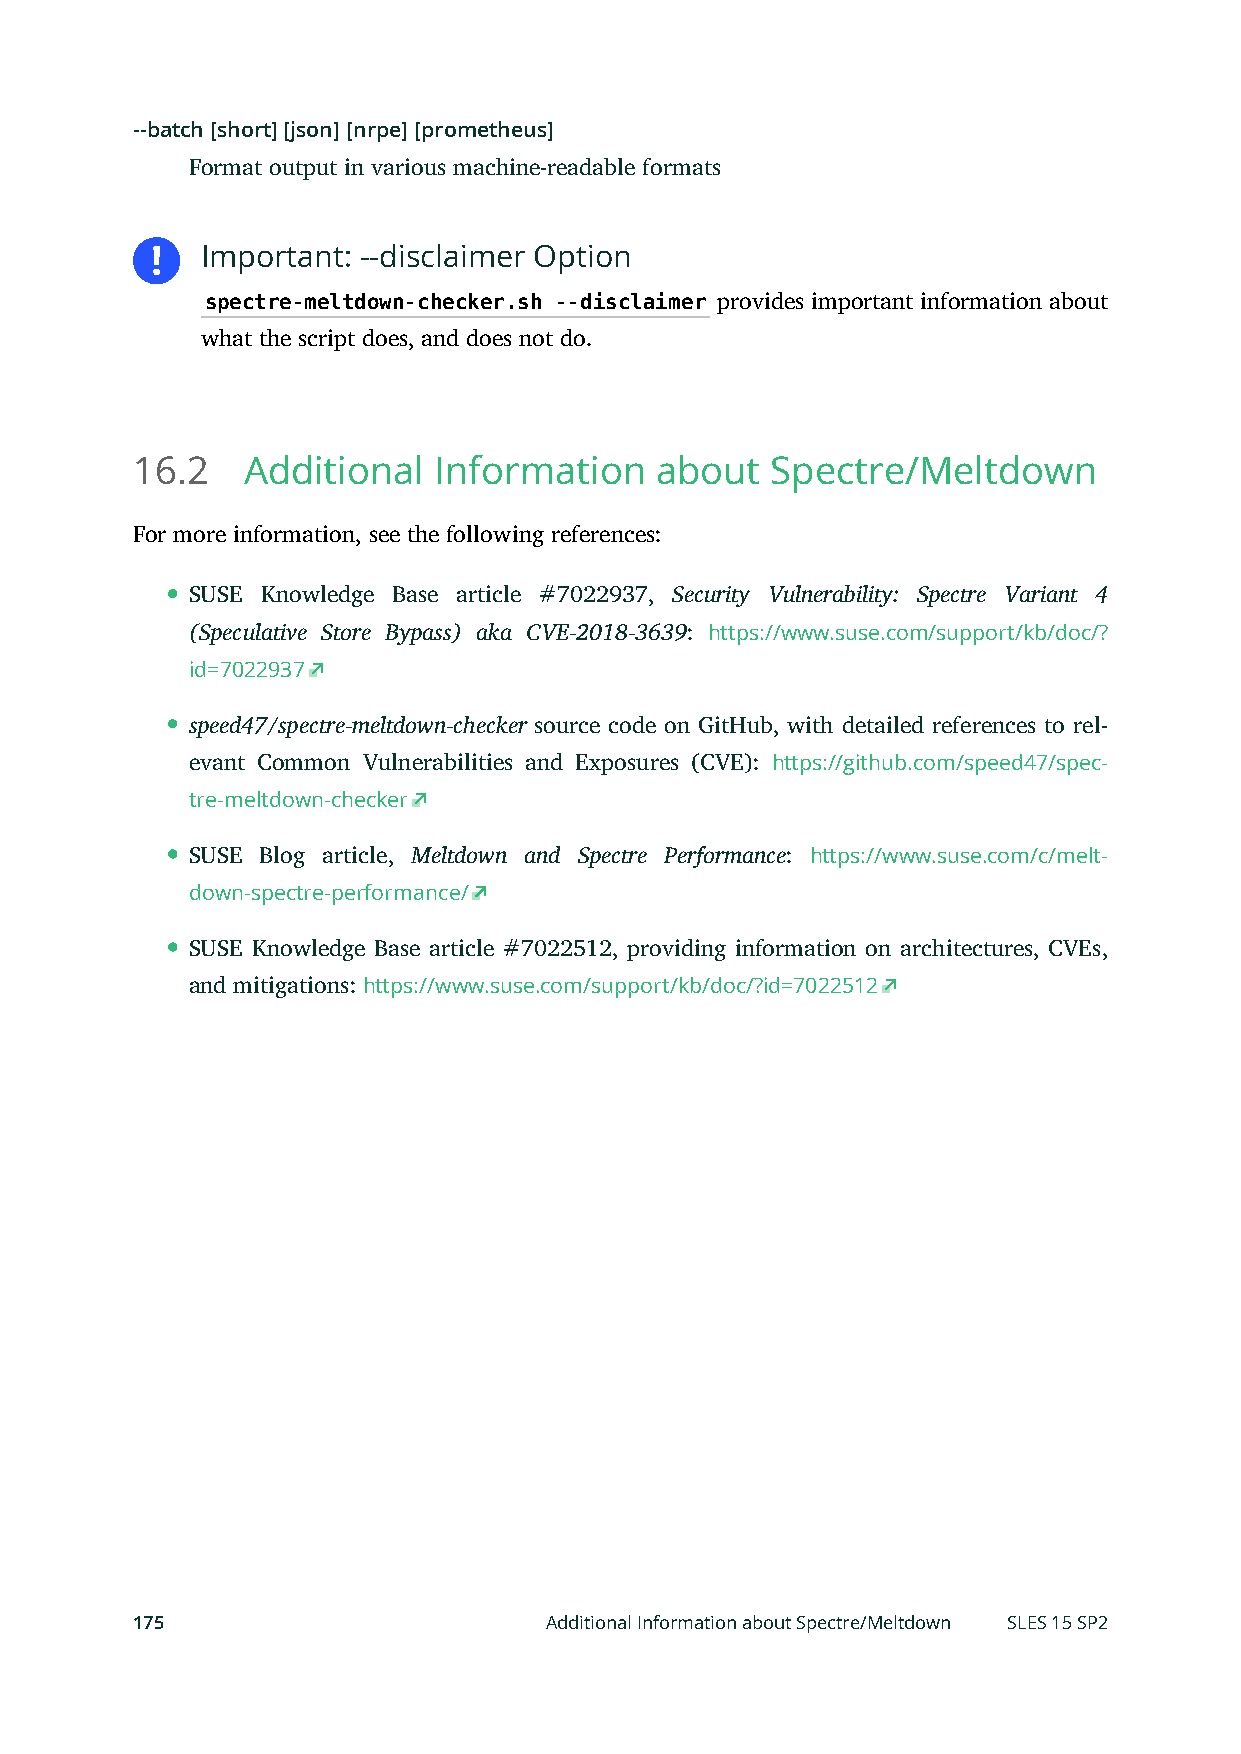
--batch [short] [json] [nrpe] [prometheus]
 Format output in various machine-readable formats
 Important: --disclaimer Option
 spectre-meltdown-checker.sh --disclaimer provides important information about
 what the script does, and does not do.
 16.2   Additional   Information   about   Spectre/Meltdown
 For more information, see the following references:
 SUSE Knowledge Base article #7022937, Security Vulnerability: Spectre Variant 4
 (Speculative Store Bypass) aka CVE-2018-3639: https://www.suse.com/support/kb/doc/?
 id=7022937
 speed47/spectre-meltdown-checker source code on GitHub, with detailed references to rel-
 evant Common Vulnerabilities and Exposures (CVE): https://github.com/speed47/spec-
 tre-meltdown-checker
 SUSE Blog article, Meltdown and Spectre Performance: https://www.suse.com/c/melt-
 down-spectre-performance/
 SUSE Knowledge Base article #7022512, providing information on architectures, CVEs,
 and mitigations: https://www.suse.com/support/kb/doc/?id=7022512
 175                        Additional Information about Spectre/Meltdown SLES 15 SP2